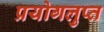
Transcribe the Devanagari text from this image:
प्रयोगलुप्त